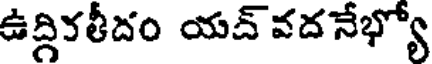
ఉద్గికతీదం యద్ వదనేభ్యో